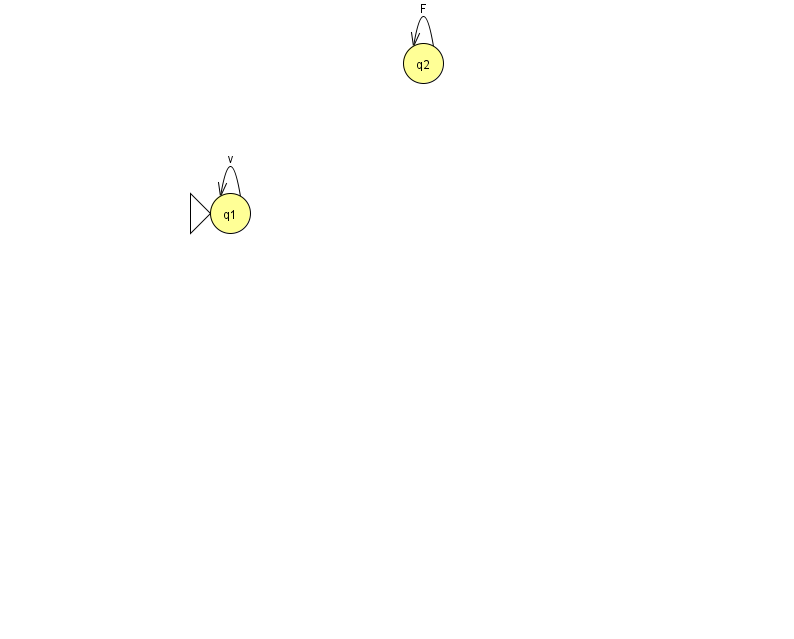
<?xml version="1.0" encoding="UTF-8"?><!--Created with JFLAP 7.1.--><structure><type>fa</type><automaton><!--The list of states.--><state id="1" name="q1"><x>230.0</x><y>200.0</y><initial/></state><state id="2" name="q2"><x>423.0</x><y>50.0</y></state><!--The list of transitions.--><transition><from>1</from><to>1</to><read>v</read></transition><transition><from>2</from><to>2</to><read>F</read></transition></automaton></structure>